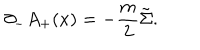
{ \partial } _ { - } A _ { + } ( x ) = - \frac { m } { 2 } \tilde { \Sigma } .